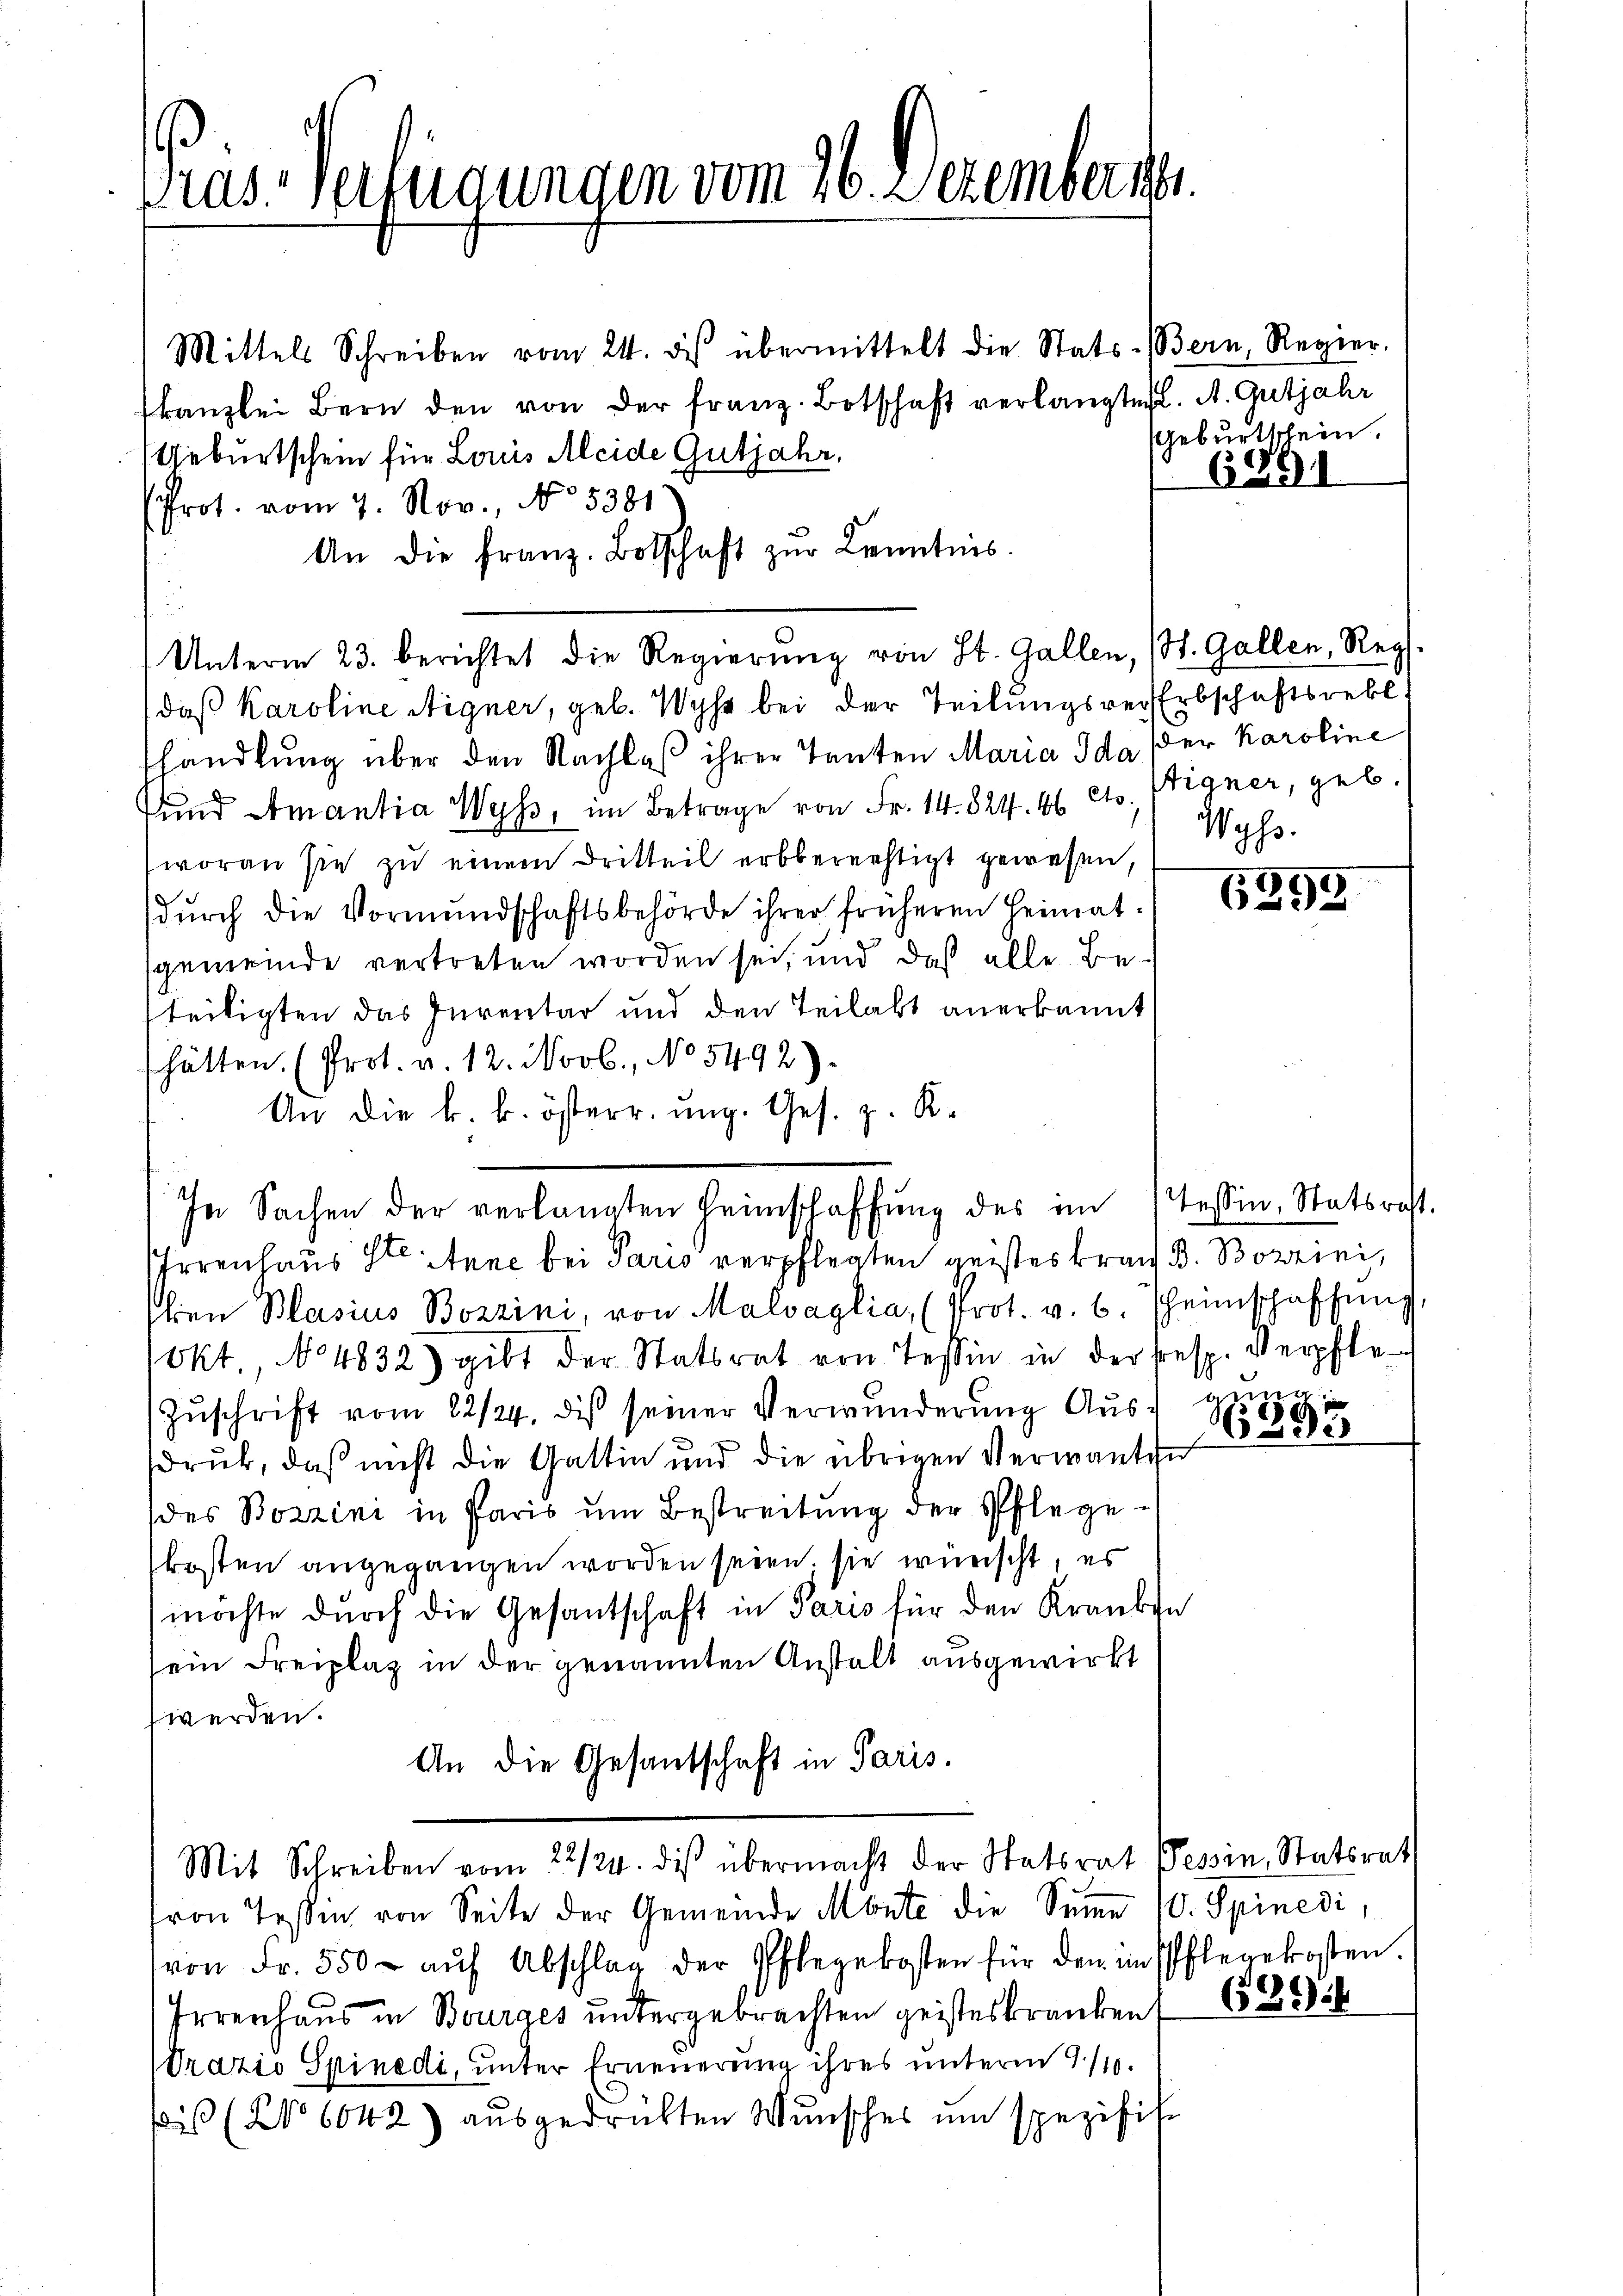
Tras. Verfügungen vom 26. Jezember 1891.

Mittels Schreiben vom 24. des übermittelt die Stats- (Bern, Regier
kanzlei Bern den von der franz. Botschaft verlangten. A. Gutjahr
Geburtschein für Laus Meide Gutjahr,
Prot. vom 7. Nov., No 5381
An die franz. Botschaft zŭr Kenntnis.
Unterm 23. berichtet die Regierŭng von St. Gallen, St. Gallen, Reg.
(daß Karoline Signer, geb. Wyss bei der Teilungsrer Erbschaftsrebl.
shandlung über den Nachlaß ihrer Tanten Maria Ida der Karoline
fund Amantia Wyss, im Betrage von Fr. 14. 824. 66 cts. Vigner, geb
woran sie zu einem Dritteil erbberechtigt gewesen,
dŭrch die Vormundschaftsbehörde ihrer früheren Heimat-
gemeinde vertreten worden sei, und das alle Be-
teiligten das Inventar und den Teilakt anerkannt
hätten. (Prot. v. 12. Novb., No 5492).
An die k. k. österr. ung. Ges. z. R.
In Sachen der verlangten Heimschaffung des im
Irrenhaus St. Anne bei Paris verpflegten geistes kran
shien Blasius Bozzini, von Malvaglia, (Prot. v. 6. heimschaffŭng,
Okt., No 4832) gibt der Statsrat von Tessin in der resp. Verpfle¬
Zuschrift vom 22/24. dis seiner Verwunderung Ausdruk, daß nicht die Gattin und die übrigen Verwanti
des Bozzini in Paris um Bestreitung der Pflege-
kosten angegangen worden seien; sie wünscht, es
möchte durch die Gesantschaft in Paris für den Kranken
sein Freiplaz in der genannten Anstalt ausgewirkt
werden.
An die Gesantschaft in Paris.

Mit Schreiben vom 22/24. des übermacht der Statsrat Tessin, Statsrat
ron Teßin von Seite der Gemeinde Monte die Sŭṁe 10. Spinedi,
von Fr. 550 aŭf Abschlag der Pflegekosten für den in Pflegekosten.
Irrenhaus in Bourges untergebrachten geisteskranken
Vrazio Spinedi, unter Erneuerung ihres unterm 7./10.
is (No 6042) aŭsgedrückten Wŭnscher ŭm spezifis

Geburtschein.

6391

Wyss.

6393

Tessin, Statsraht.
B. Borrini,
ma
g.

¬
93

(39: